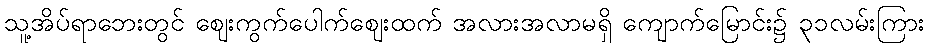
သူ့အိပ်ရာဘေးတွင် ဈေးကွက်ပေါက်ဈေးထက် အလားအလာမရှိ ကျောက်မြောင်း၌ ၃၁လမ်းကြား